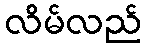
လိမ်လည်